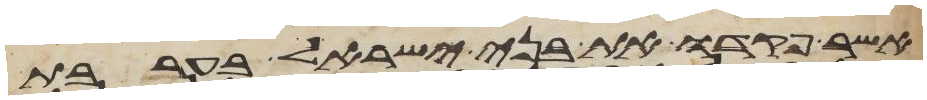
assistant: אשר פקדו את בני ישראל בערבת